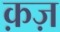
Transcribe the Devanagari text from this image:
क़ज़